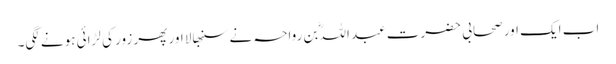
اب ایک اور صحابی حضرت عبد اللہؓ بن رواحہ نے سنبھالا اور پھر زور کی لڑائی ہونے لگی۔